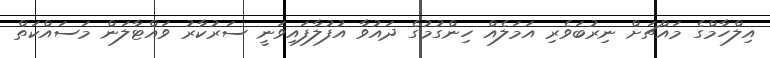
އިލްހާމްގެ މައްޗަށް ނިރުބަވެރި އަމަލެއް ހިންގުމުގެ ދައުވާ އުފުލާފައިވަނީ ސަރުކާރު ވައްޓާލަން މަސައްކަތް